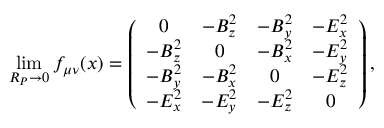
\operatorname * { l i m } _ { R _ { P } \rightarrow 0 } f _ { \mu \nu } ( x ) = \left( \begin{array} { c c c c } { { 0 } } & { { - B _ { z } ^ { 2 } } } & { { - B _ { y } ^ { 2 } } } & { { - E _ { x } ^ { 2 } } } \\ { { - B _ { z } ^ { 2 } } } & { { 0 } } & { { - B _ { x } ^ { 2 } } } & { { - E _ { y } ^ { 2 } } } \\ { { - B _ { y } ^ { 2 } } } & { { - B _ { x } ^ { 2 } } } & { { 0 } } & { { - E _ { z } ^ { 2 } } } \\ { { - E _ { x } ^ { 2 } } } & { { - E _ { y } ^ { 2 } } } & { { - E _ { z } ^ { 2 } } } & { { 0 } } \end{array} \right) ,